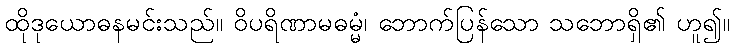
ထိုဒုယောဓနမင်းသည်။ ဝိပရိဏာမဓမ္မံ၊ ဘောက်ပြန်သော သဘောရှိ၏ ဟူ၍။